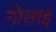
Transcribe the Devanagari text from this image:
गोसाइ